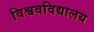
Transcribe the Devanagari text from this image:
विश्ववविद्यालय